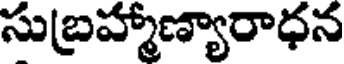
సుబ్రహ్మాణ్యారాధన